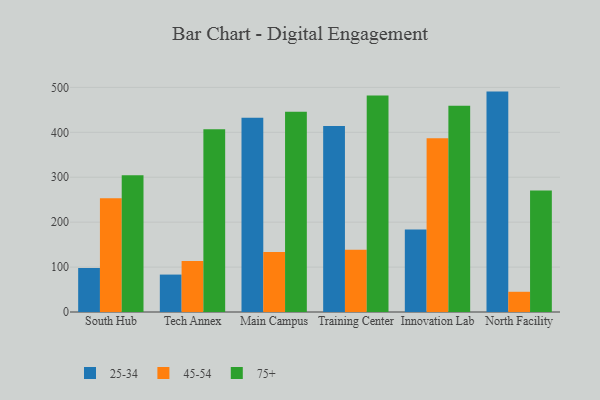
{"axis": {"x": "Campus", "y": "Waste Production (Tons)"}, "legend": ["25-34", "45-54", "75+"], "data": [{"x": "South Hub", "y": 98.2, "type": "25-34"}, {"x": "South Hub", "y": 253.2, "type": "45-54"}, {"x": "South Hub", "y": 304.6, "type": "75+"}, {"x": "Tech Annex", "y": 83.3, "type": "25-34"}, {"x": "Tech Annex", "y": 113.5, "type": "45-54"}, {"x": "Tech Annex", "y": 406.8, "type": "75+"}, {"x": "Main Campus", "y": 432.6, "type": "25-34"}, {"x": "Main Campus", "y": 133.5, "type": "45-54"}, {"x": "Main Campus", "y": 445.7, "type": "75+"}, {"x": "Training Center", "y": 414.3, "type": "25-34"}, {"x": "Training Center", "y": 138.5, "type": "45-54"}, {"x": "Training Center", "y": 481.7, "type": "75+"}, {"x": "Innovation Lab", "y": 183.4, "type": "25-34"}, {"x": "Innovation Lab", "y": 386.8, "type": "45-54"}, {"x": "Innovation Lab", "y": 459.2, "type": "75+"}, {"x": "North Facility", "y": 490.6, "type": "25-34"}, {"x": "North Facility", "y": 45.0, "type": "45-54"}, {"x": "North Facility", "y": 270.5, "type": "75+"}]}